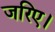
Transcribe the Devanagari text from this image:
जरिए।